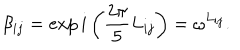
\beta _ { i j } = \exp i \left( \frac { 2 \pi } { 5 } L _ { i j } \right) = \omega ^ { L _ { i j } } .